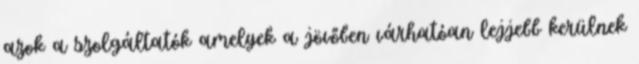
azok a szolgáltatók amelyek a jövőben várhatóan lejjebb kerülnek